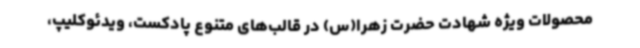
محصولات ویژه شهادت حضرت زهرا(س) در قالب‌های متنوع پادکست، ویدئوکلیپ،